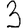
Digit: 3